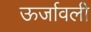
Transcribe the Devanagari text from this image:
ऊर्जावली